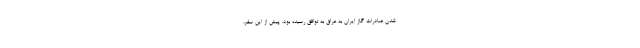
شدن صادرات گاز ایران به عراق به توافق رسیده بود. پیش از این سفر،